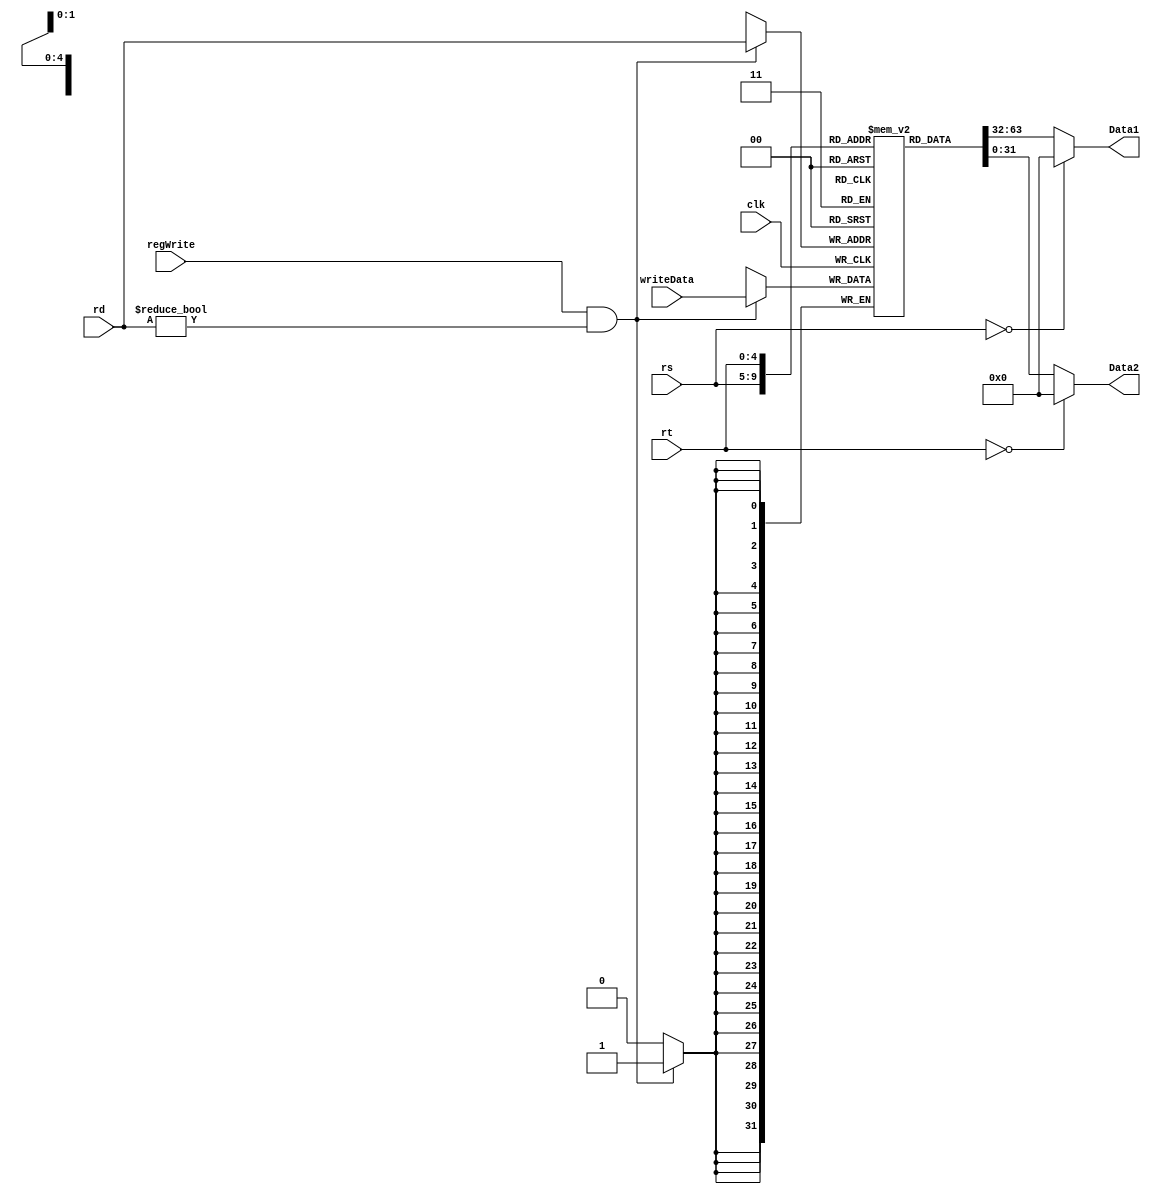
module registerFile( clk , rs , rt , rd , writeData , regWrite , Data1 , Data2);
    input [4:0] rs ,rt , rd;
    input [31:0] writeData;
    input regWrite;
    input clk;
    output reg [31:0] Data1,Data2;
    reg[31:0] registers [31:0];
    always @(rs, rt)
    begin
        Data1 <= (rs==0)? 32'b0 : registers[rs];
        Data2 <= (rt==0)? 32'b0 : registers[rt];
    end
    always @ (posedge clk)
    begin 
    if(regWrite && rd!=0 )
        registers [rd] <= writeData;
    end
endmodule